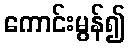
ကောင်းမွန်၍